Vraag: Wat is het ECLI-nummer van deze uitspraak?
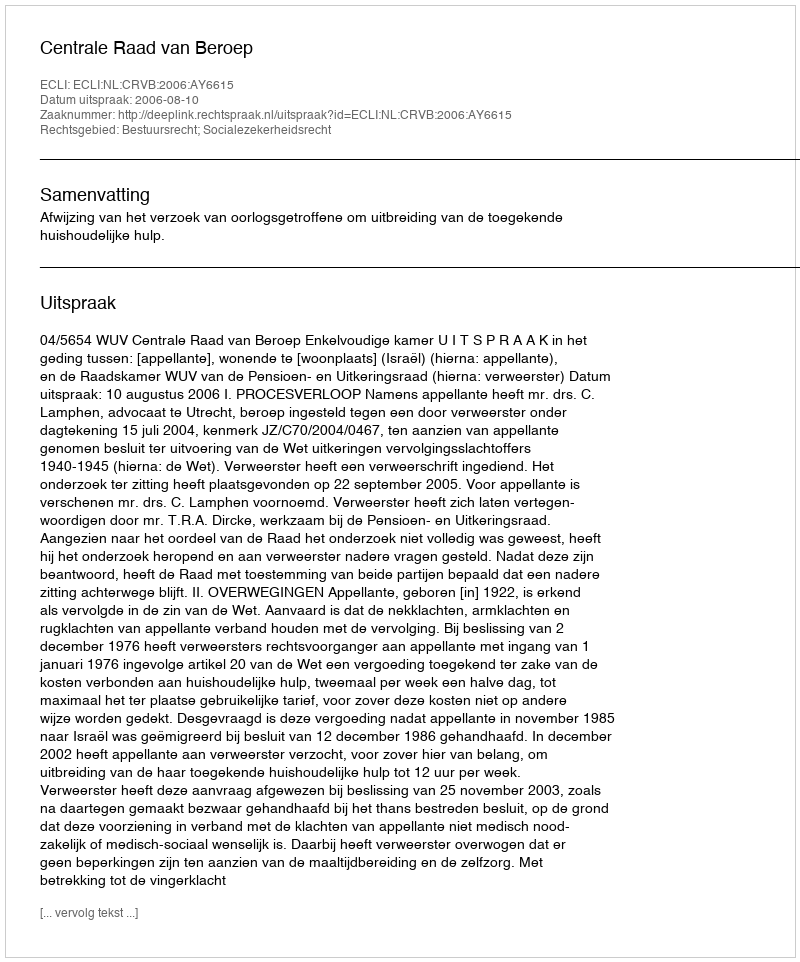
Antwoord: ECLI:NL:CRVB:2006:AY6615